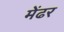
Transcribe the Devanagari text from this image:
मेंढर